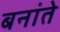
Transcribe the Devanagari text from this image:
बनांते